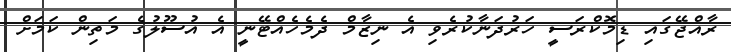
ރާއްޖޭގައި ޑިމޮކްރަސީ ހަރުދަނާކުރެވި އެ ނިޒާމް ދެމެހެއްޓޭނީ އެ އުސޫލުގެ މަތިން ކަމަށް